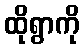
ထိုရွာကို